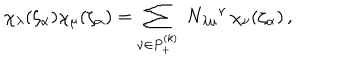
\chi _ { \lambda } ( \zeta _ { \alpha } ) \chi _ { \mu } ( \zeta _ { \alpha } ) = \sum _ { \nu \in P _ { + } ^ { ( k ) } } \ N _ { \lambda \mu } { } ^ { \nu } \, \chi _ { \nu } ( \zeta _ { \alpha } ) \, ,